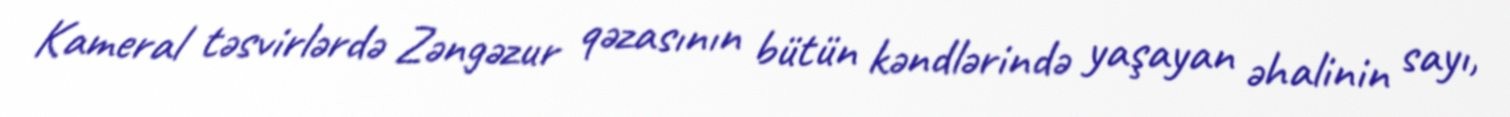
Kameral təsvirlərdə Zəngəzur qəzasının bütün kəndlərində yaşayan əhalinin sayı,